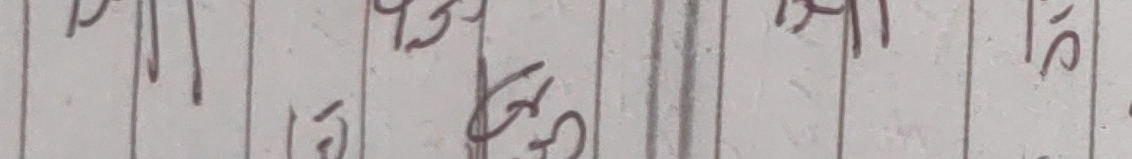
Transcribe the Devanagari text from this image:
१३ उई १६